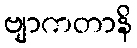
ဗျာကတာနိ